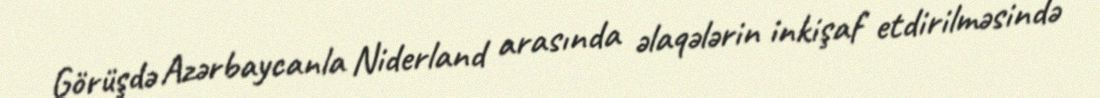
Görüşdə Azərbaycanla Niderland arasında əlaqələrin inkişaf etdirilməsində